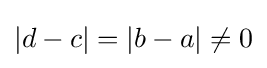
|d-c|=|b-a|\neq 0